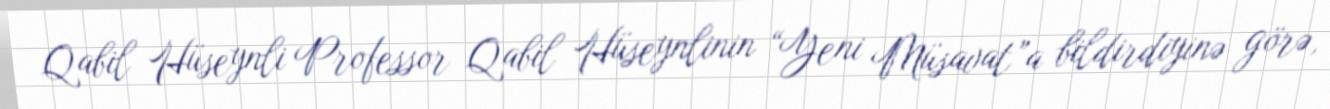
Qabil Hüseynli Professor Qabil Hüseynlinin “Yeni Müsavat”a bildirdiyinə görə,